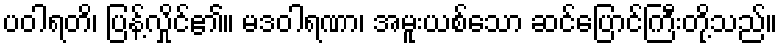
ပဝါရတိ၊ ပြန့်လှိုင်၏။ မဒဝါရဏာ၊ အမူးယစ်သော ဆင်ပြောင်ကြီးတို့သည်။